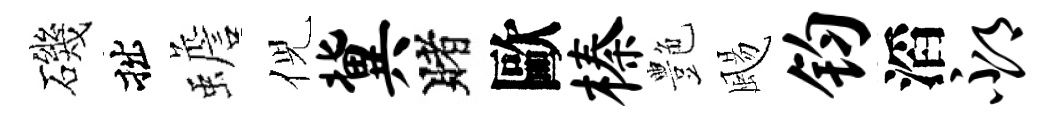
磯拙蟾倪冀賭歐榛艶颺钧滔邳